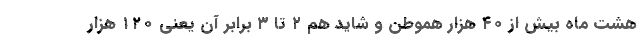
هشت ماه بیش از ۴۰ هزار هموطن و شاید هم ۲ تا ۳ برابر آن یعنی ۱۲۰ هزار